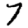
Digit: 7